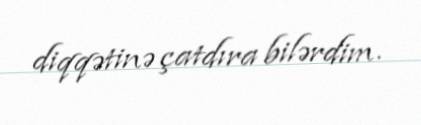
diqqətinə çatdıra bilərdim.